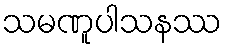
သမဏူပါသနဿ